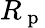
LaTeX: R_{\mathrm{~p~}}